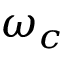
\omega _ { c }